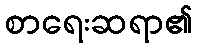
စာရေးဆရာ၏